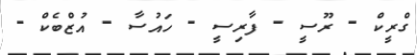
ގްރީކް - ރޫސީ - ފާރިސީ - ހައުސާ - އުޒްބެކް -